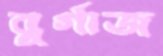
বুর্গাজ